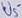
Text: U5-